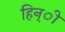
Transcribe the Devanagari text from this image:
हिन्ी